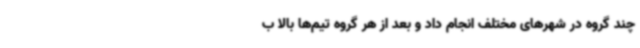
چند گروه در شهرهای مختلف انجام داد و بعد از هر گروه تیم‌ها بالا ب